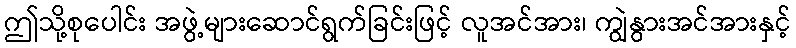
ဤသို့စုပေါင်း အဖွဲ့များဆောင်ရွက်ခြင်းဖြင့် လူအင်အား၊ ကျွဲနွားအင်အားနှင့်